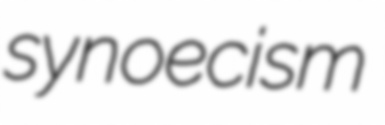
synoecism